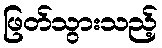
ဖြတ်သွားသည့်